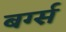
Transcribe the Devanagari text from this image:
बर्ग्स